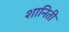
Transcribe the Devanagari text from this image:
शानिती